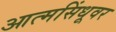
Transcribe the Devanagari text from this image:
आत्मसिंधूवर